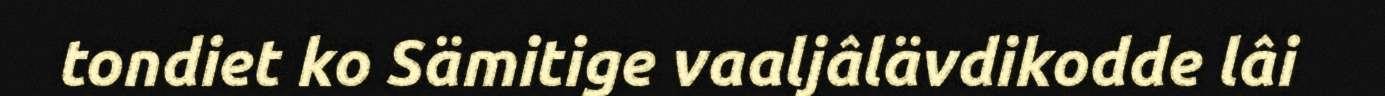
tondiet ko Sämitige vaaljâlävdikodde lâi